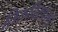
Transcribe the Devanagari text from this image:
तिरुचिरापल्‍ली